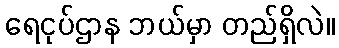
ရေငုပ်ဌာန ဘယ်မှာ တည်ရှိလဲ။